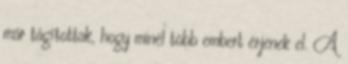
már tágítottak, hogy minél több embert érjenek el. A